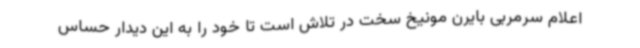
اعلام سرمربی بایرن مونیخ سخت در تلاش است تا خود را به این دیدار حساس